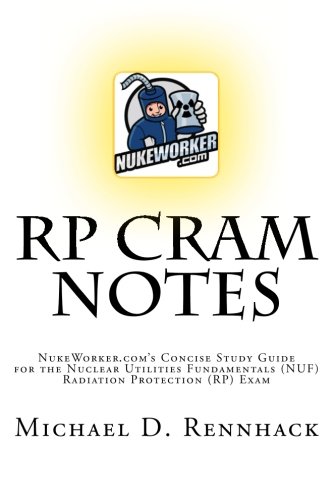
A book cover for RP Cram Notes; Michael D. Rennhack; Education & Teaching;